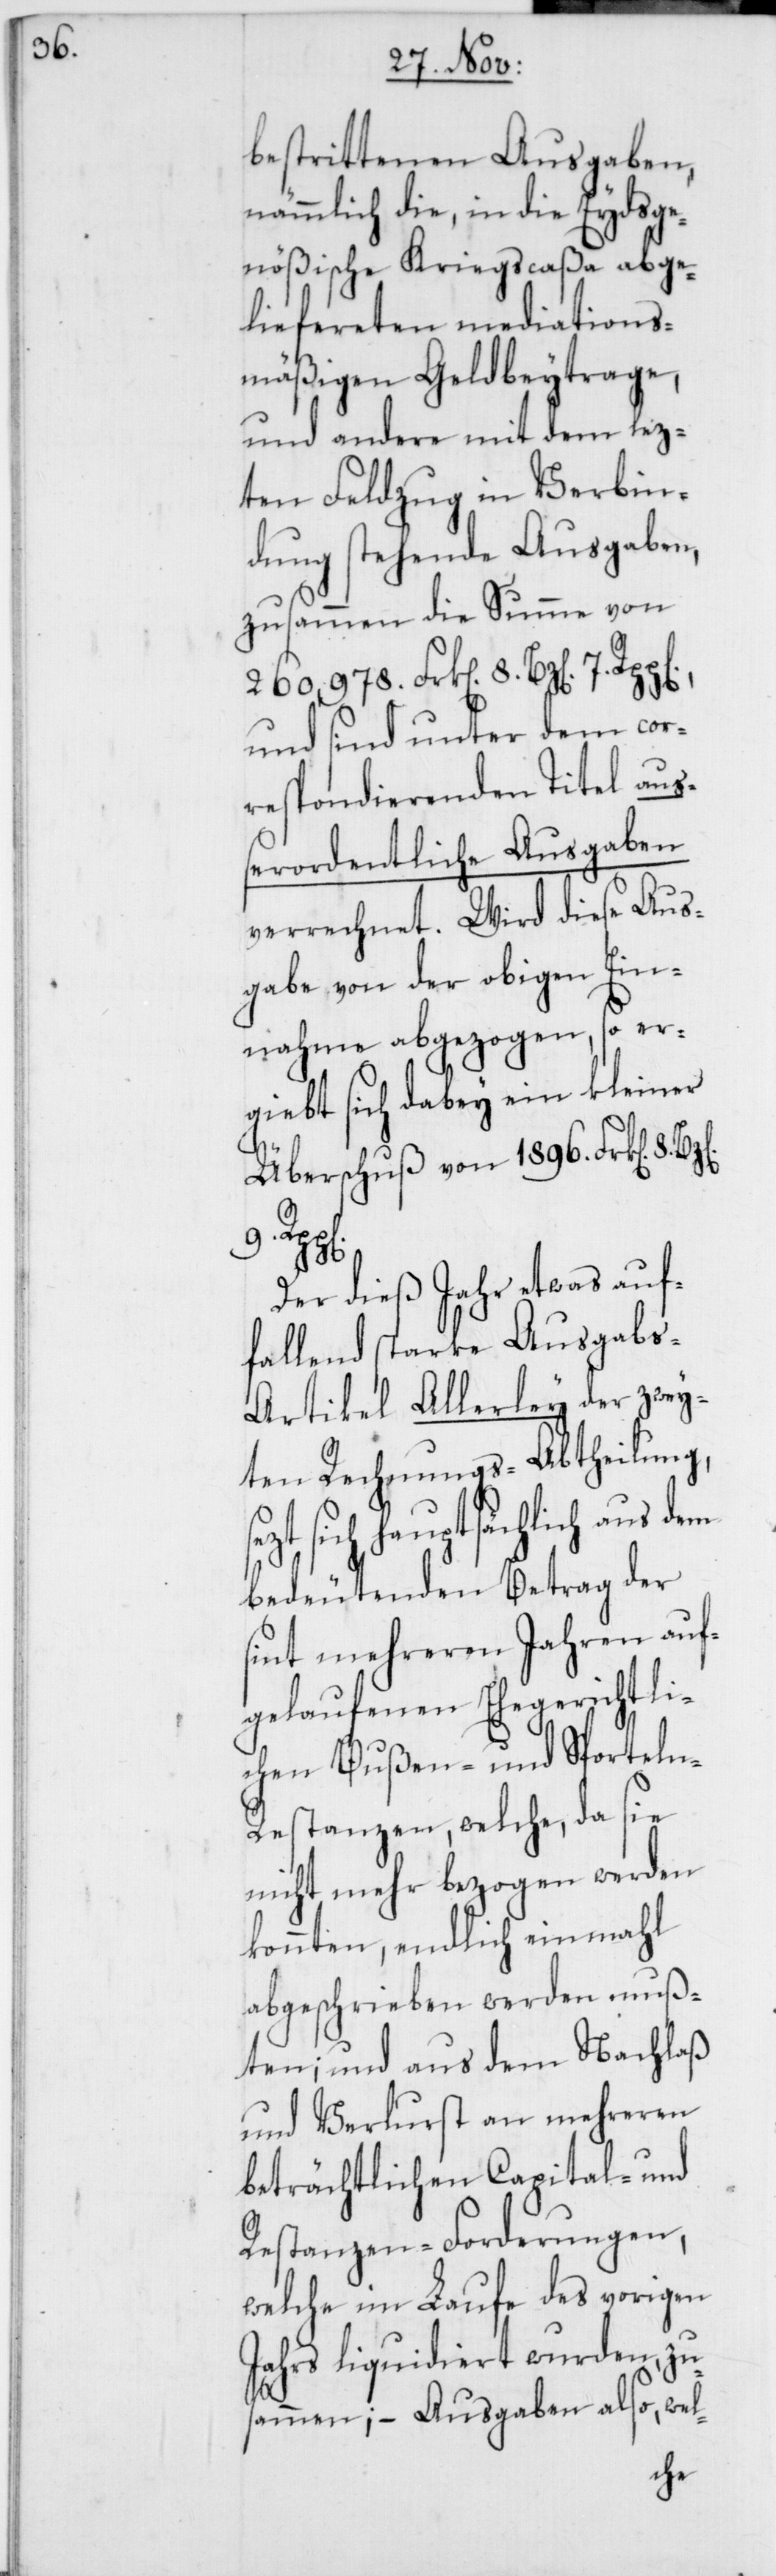
bestrittenen Ausgaben,
nämmlich die in die eydsge¬
nößische Kriegscaßa abge¬
liefereten mediations¬
mäßigen Geldbeytrage,
und andere mit dem lez¬
ten Feldzug in Verbin¬
dung stehende Ausgaben,
zusammen die Summe von
260,978. Frk[en]. 8. Bz[en].
und sind unter dem cor¬
respondierenden Titel auß¬
erordentliche Ausgaben
verrechnet. Wird diese Aus¬
gabe von der obigen Ein¬
nahme abgezogen, so er¬
gibt sich dabey ein kleiner
Überschuß von 1896. Frk[en].
Bz[en].
Der dieß Jahr etwas auf¬
fallend starke Ausgabs-A¬
rtikel Allerley der zwey¬
ten Rechnungs-Abtheilung,
sezt sich hauptsächlich aus dem
bedeutenden Betrag der
sint mehreren Jahren auf¬
gelaufenen ehegerichtli¬
chen Bußen- und Sporteln-R¬
estanzen, welche, da sie
nicht mehr bezogen werden
konnten, endlich einmahl
abgeschrieben werden muß¬
ten; und aus dem Nachlaß
und Verlust an mehreren
beträchtlichen Capital- und
Restanzen-Forderungen,
welche im Laufe des vorigen
Jahrs liquidiert wurden, zu¬
sammen; – Ausgaben also, wel-